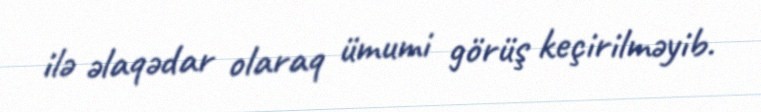
ilə əlaqədar olaraq ümumi görüş keçirilməyib.